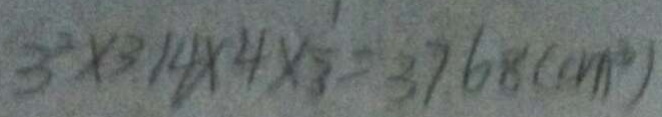
3 ^ { 2 } \times 3 . 1 4 \times 4 \times \frac { 1 } { 3 } = 3 7 . 6 8 ( c m ^ { 2 } )